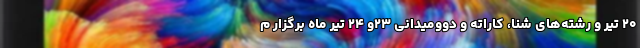
۲۰ تیر و رشته‌های شنا، کاراته و دوومیدانی ۲۳و ۲۴ تیر ماه برگزار م